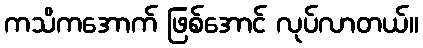
ကသိကအောက် ဖြစ်အောင် လုပ်လာတယ်။